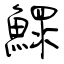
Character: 鰥